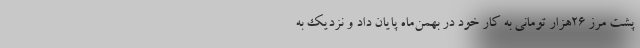
پشت مرز ۲۶هزار تومانی به کار خود در بهمن‌ماه پایان داد و نزدیک به